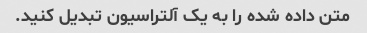
متن داده شده را به یک آلتراسیون تبدیل کنید.